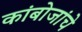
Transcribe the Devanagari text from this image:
कांबोजांचे